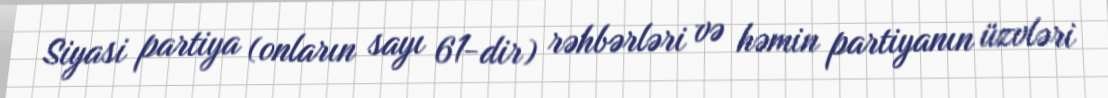
Siyasi partiya (onların sayı 61-dir) rəhbərləri və həmin partiyanın üzvləri